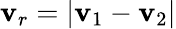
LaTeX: \mathbf{v}_{r}=|\mathbf{{\mathbf{v}}}_{1}-\mathbf{{\mathbf{v}}}_{2}|